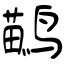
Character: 鹋